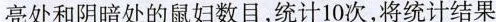
亮处和阴暗处的鼠妇数目，统计10次，将统计结果